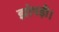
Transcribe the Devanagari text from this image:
झोपड़ी।